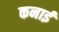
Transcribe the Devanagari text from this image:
कनाई